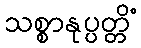
သစ္စာနုပ္ပတ္တိံ